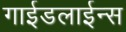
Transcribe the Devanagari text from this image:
गाईडलाईन्स